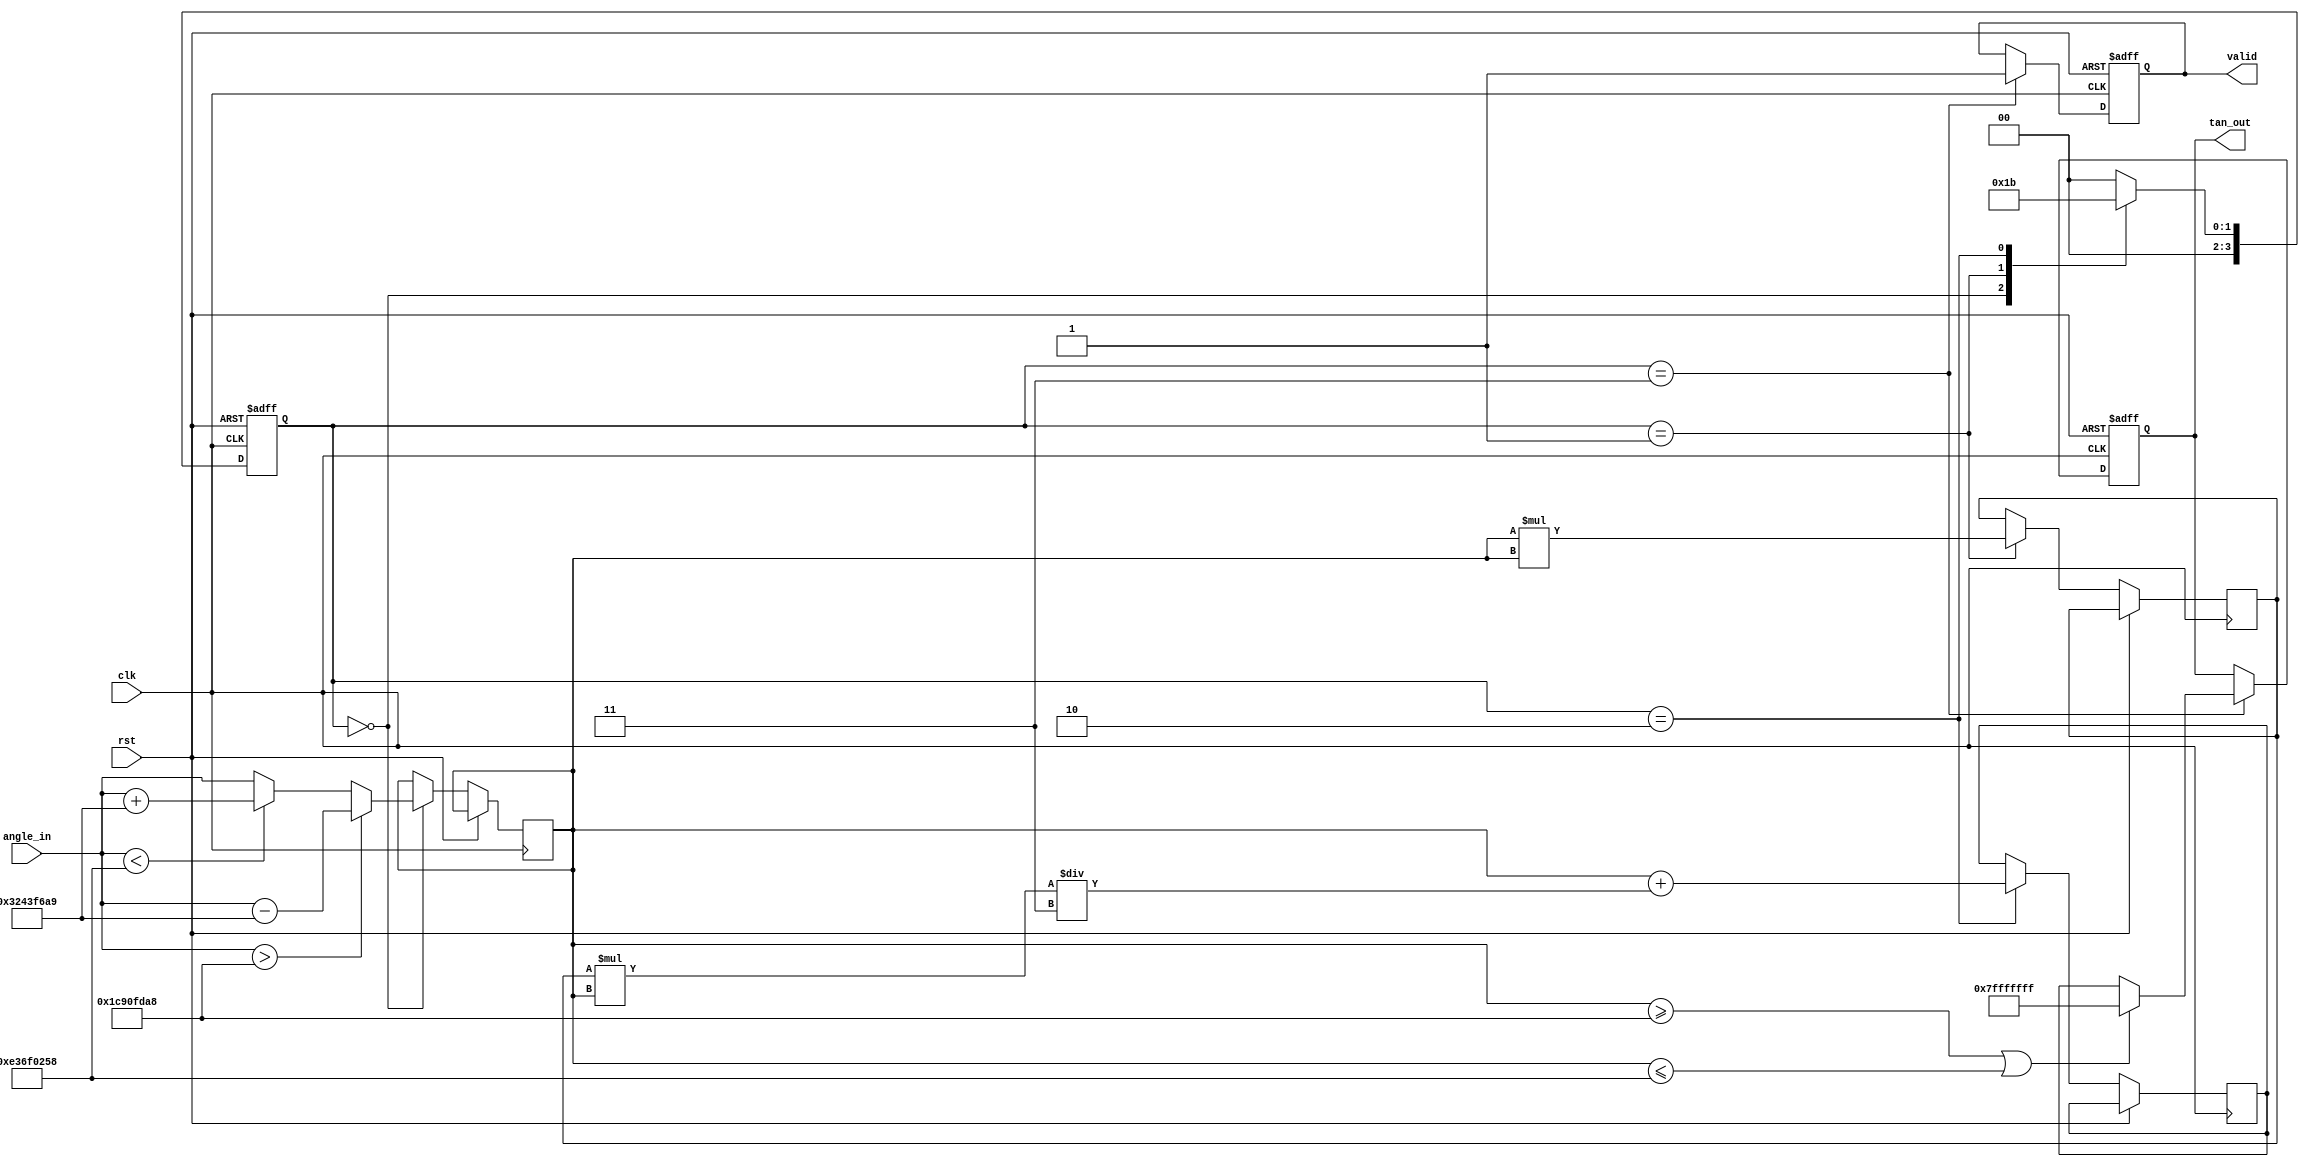
module tan_function (
    input wire clk,
    input wire rst,
    input wire [31:0] angle_in, // Input angle in radians (32-bit fixed-point)
    output reg [31:0] tan_out,   // Output tangent value (32-bit fixed-point)
    output reg valid             // Output valid signal
);

    // Constants
    parameter PI = 32'h3243F6A9; //  in fixed-point (32-bit)
    parameter PI_OVER_2 = 32'h1C90FDA8; // /2 in fixed-point (32-bit)

    // Internal signals
    reg [31:0] normalized_angle;
    reg [31:0] angle_squared;
    reg [31:0] tan_approx;
    reg [3:0] state;

    // State machine for processing
    always @(posedge clk or posedge rst) begin
        if (rst) begin
            tan_out <= 32'h0;
            valid <= 1'b0;
            state <= 4'b0000;
        end else begin
            case (state)
                4'b0000: begin
                    // Normalize the angle to the range of -/2 to /2
                    if (angle_in > PI_OVER_2) begin
                        normalized_angle <= angle_in - PI; // Adjust for 
                    end else if (angle_in < -PI_OVER_2) begin
                        normalized_angle <= angle_in + PI; // Adjust for -
                    end else begin
                        normalized_angle <= angle_in; // Already in range
                    end
                    state <= 4'b0001;
                end
                
                4'b0001: begin
                    // Compute angle squared
                    angle_squared <= normalized_angle * normalized_angle;
                    state <= 4'b0010;
                end
                
                4'b0010: begin
                    // Taylor series approximation: tan(x)  x + x^3/3 + x^5/5 + ...
                    // For simplicity, we will compute up to x^3
                    tan_approx <= normalized_angle + (angle_squared * normalized_angle) / 32'h3; // x^3 / 3
                    state <= 4'b0011;
                end
                
                4'b0011: begin
                    // Check for discontinuity (near /2)
                    if (normalized_angle >= PI_OVER_2 || normalized_angle <= -PI_OVER_2) begin
                        tan_out <= 32'h7FFFFFFF; // Return a large value for overflow
                    end else begin
                        tan_out <= tan_approx; // Valid tangent value
                    end
                    valid <= 1'b1;
                    state <= 4'b0000; // Reset state
                end
                
                default: state <= 4'b0000; // Reset state on default
            endcase
        end
    end

endmodule